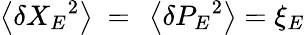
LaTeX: \left\langle\delta{{X}_{E}}^{2}\right\rangle\mathrm{~=~}\left\langle\delta{{P}_{E}}^{2}\right\rangle={{\xi}_{E}}